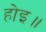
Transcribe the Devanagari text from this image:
होइ॥